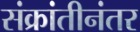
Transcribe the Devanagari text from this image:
संक्रांतीनंतर